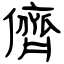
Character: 儕